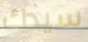
سيدك